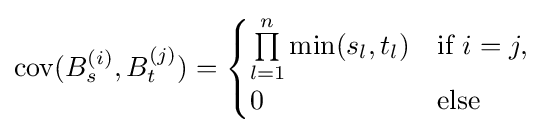
\operatorname {cov} (B_{s}^{(i)},B_{t}^{(j)})={\begin{cases}\prod \limits _{l=1}^{n}\operatorname {min} (s_{l},t_{l})&{\text{if }}i=j,\\0&{\text{else}}\end{cases}}